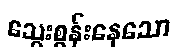
သွေးစွန်းနေသော